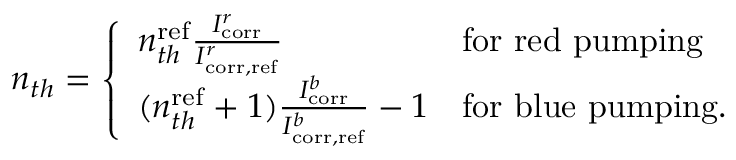
\begin{array} { r } { n _ { t h } = \left\{ \begin{array} { l l } { n _ { t h } ^ { \mathrm { r e f } } \frac { I _ { \mathrm { c o r r } } ^ { r } } { I _ { \mathrm { c o r r , r e f } } ^ { r } } } & { \mathrm { f o r ~ r e d ~ p u m p i n g } } \\ { ( n _ { t h } ^ { \mathrm { r e f } } + 1 ) \frac { I _ { \mathrm { c o r r } } ^ { b } } { I _ { \mathrm { c o r r , r e f } } ^ { b } } - 1 } & { \mathrm { f o r ~ b l u e ~ p u m p i n g . } } \end{array} \right. } \end{array}